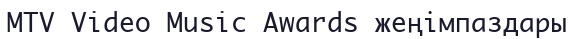
MTV Video Music Awards жеңімпаздары